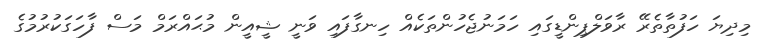
މިދިޔަ ހަފުތާތެރޭ ރާވަލްޕިންޑީގައި ހަމަނުޖެހުންތަކެއް ހިނގާފައި ވަނީ ޝީއީން މުޙައްރަމް މަސް ފާހަގަކުރުމުގެ